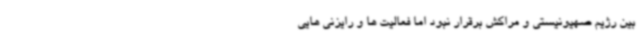
بین رژیم صهیونیستی و مراکش برقرار نبود اما فعالیت ها و رایزنی هایی